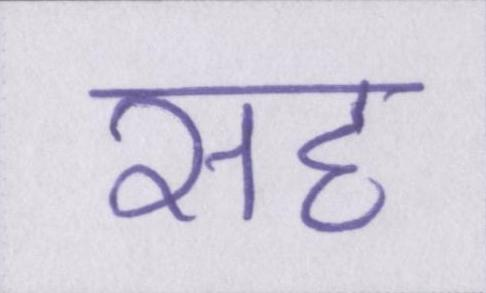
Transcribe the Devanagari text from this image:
सह